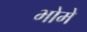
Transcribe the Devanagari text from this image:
भोमे